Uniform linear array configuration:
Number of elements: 48
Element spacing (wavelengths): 0.5
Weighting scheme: exponential
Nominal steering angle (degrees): -60
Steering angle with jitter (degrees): -61.664
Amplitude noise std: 0.05
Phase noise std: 0.05

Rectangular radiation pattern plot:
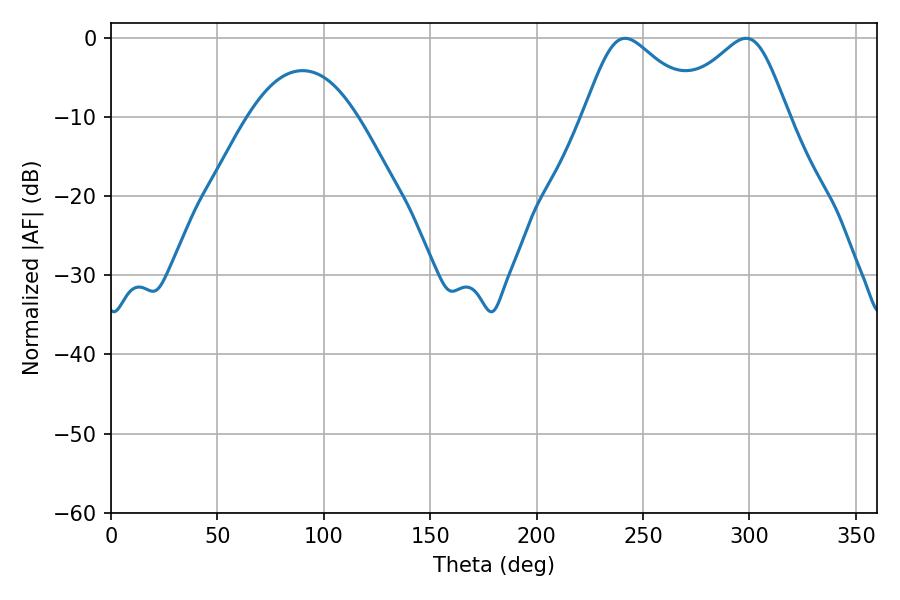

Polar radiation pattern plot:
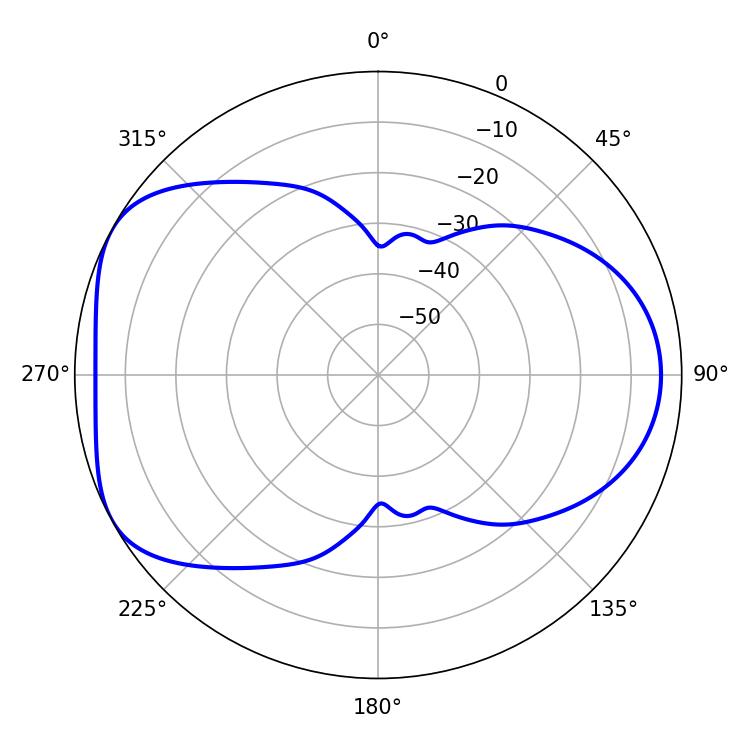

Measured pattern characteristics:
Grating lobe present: FALSE
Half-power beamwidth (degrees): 27
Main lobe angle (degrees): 241.56